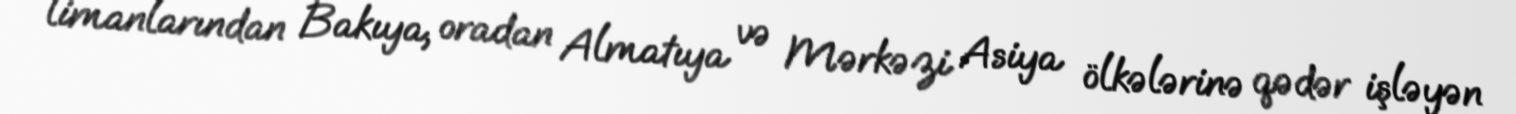
limanlarından Bakıya, oradan Almatıya və Mərkəzi Asiya ölkələrinə qədər işləyən